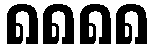
၈၈၈၈